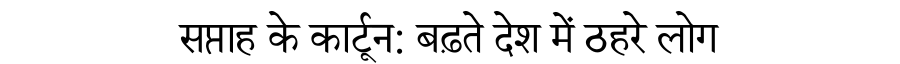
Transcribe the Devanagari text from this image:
सप्ताह के कार्टून: बढ़ते देश में ठहरे लोग